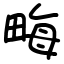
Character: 畮